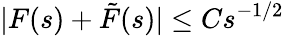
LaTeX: |F(s)+\tilde{F}(s)|\le Cs^{-1/2}